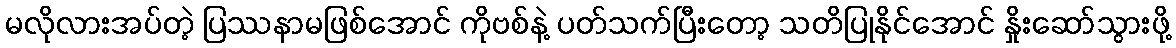
မလိုလားအပ်တဲ့ ပြဿနာမဖြစ်အောင် ကိုဗစ်နဲ့ ပတ်သက်ပြီးတော့ သတိပြုနိုင်အောင် နှိုးဆော်သွားဖို့